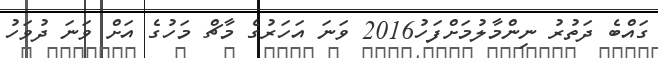
ގައްބެ ދަތުރު ނިންމާލުމަށްފަހު2016 ވަނަ އަހަރުގެ މާޗް މަހުގެ އަށް ވަނަ ދުވަހު